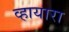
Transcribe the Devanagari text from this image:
व्हायारा